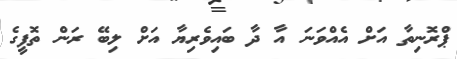
ޕްރޮނިތާ އަށް އެއްވަނަ އާ ދާ ބައިވެރިޔާ އަށް ލިބޭ ރަން ތޮފީގެ